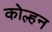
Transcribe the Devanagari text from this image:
कोल्हन